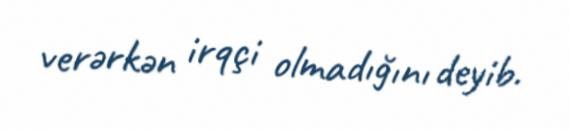
verərkən irqçi olmadığını deyib.